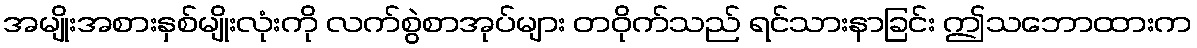
အမျိုးအစားနှစ်မျိုးလုံးကို လက်စွဲစာအုပ်များ တဝိုက်သည် ရင်သားနာခြင်း ဤသဘောထားက